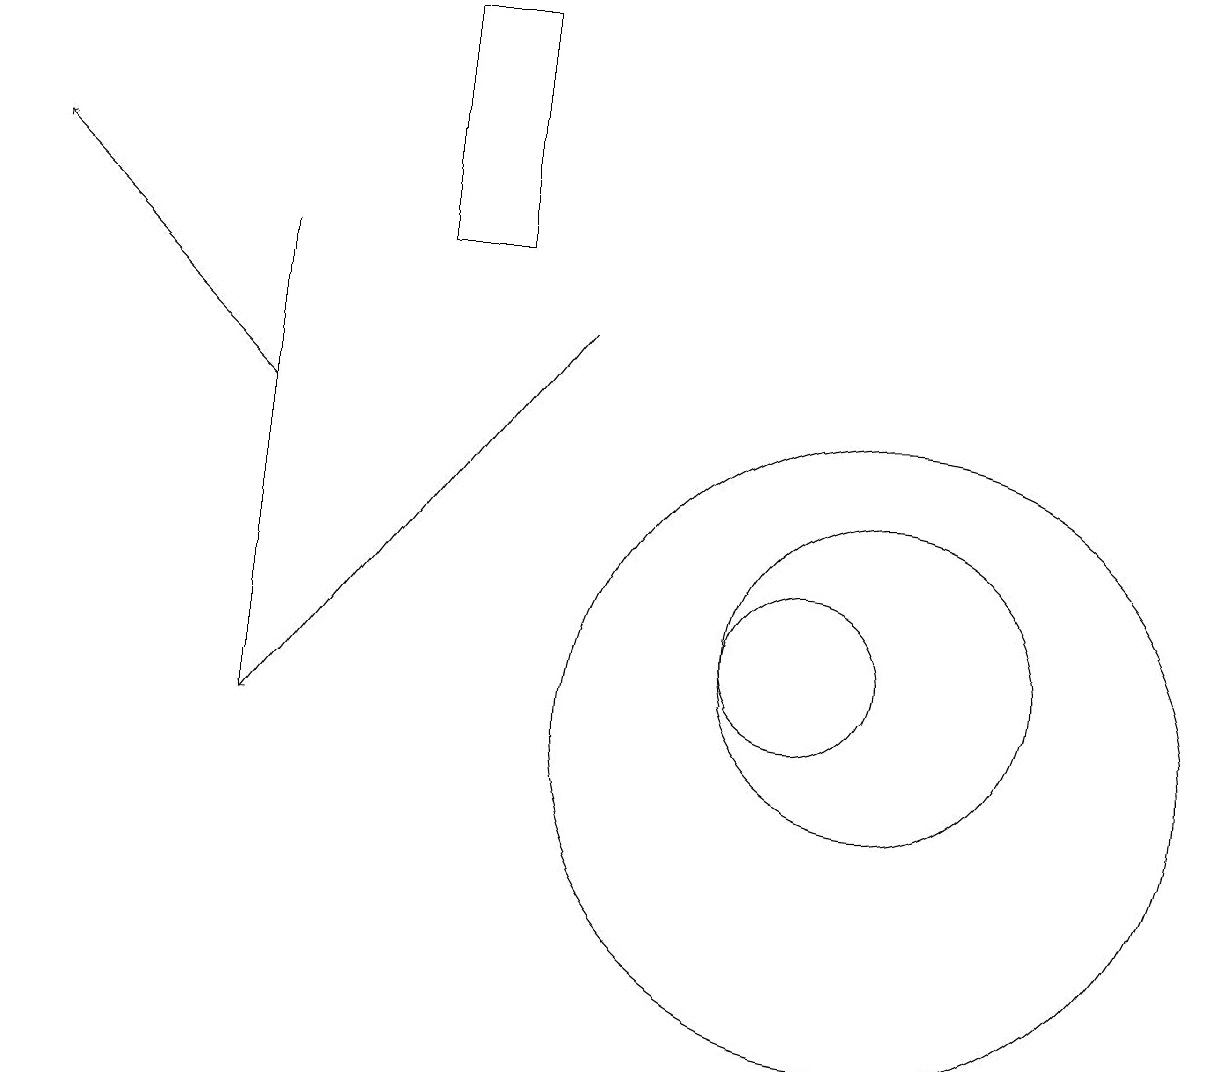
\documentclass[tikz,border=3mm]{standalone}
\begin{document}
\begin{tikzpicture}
\draw (11,10) circle (4);
\draw[->] (3,14) -- (0,17);
\draw (10,11) circle (1);
\draw (11,11) circle (2);
\draw[->] (7,15) -- (3,10);
\draw (6,16) rectangle (5,19);
\draw (3,16) rectangle (3,10);
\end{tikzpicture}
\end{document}